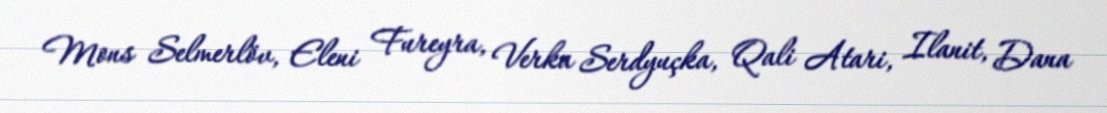
Mons Selmerlöv, Eleni Fureyra, Verka Serdyuçka, Qali Atari, Ilanit, Dana